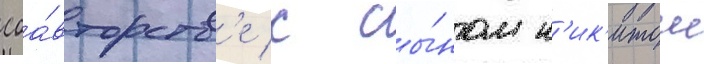
соа́вторств'е с сы́ном н'ик'итои